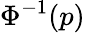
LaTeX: \Phi^{-1}(p)